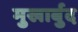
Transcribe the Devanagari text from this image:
मुखार्बुद